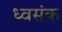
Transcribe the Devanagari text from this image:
ध्वसंक